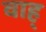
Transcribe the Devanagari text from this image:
वाह्‌